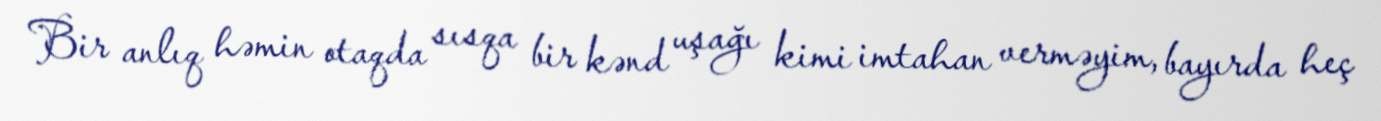
Bir anlıq həmin otaqda sısqa bir kənd uşağı kimi imtahan verməyim, bayırda heç